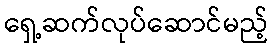
ရှေ့ဆက်လုပ်ဆောင်မည့်